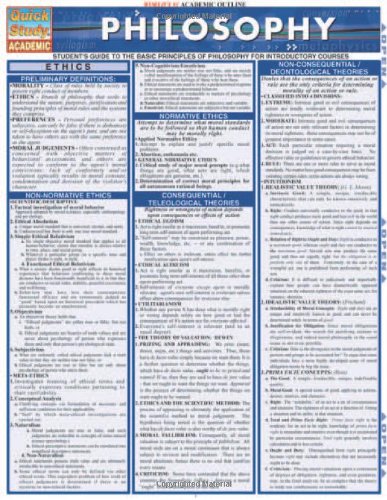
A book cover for Philosophy (Quickstudy: Academic); Inc. BarCharts; Children's Books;